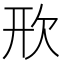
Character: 㰢